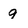
Character: 9